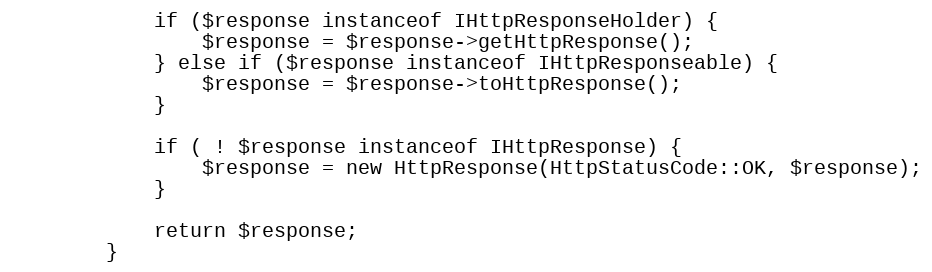
Language: PHP
            if ($response instanceof IHttpResponseHolder) {
                $response = $response->getHttpResponse();
            } else if ($response instanceof IHttpResponseable) {
                $response = $response->toHttpResponse();
            }

            if ( ! $response instanceof IHttpResponse) {
                $response = new HttpResponse(HttpStatusCode::OK, $response);
            }

            return $response;
        }